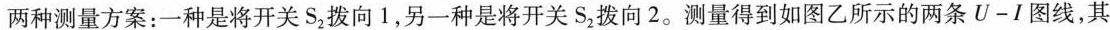
两种测量方案：一种是将开关S_{2}拨向1，另一种是将开关S_{2}拨向2。测量得到如图乙所示的两条U-1图线，其